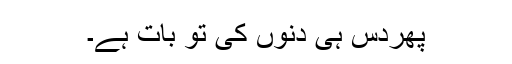
پھردس ہی دنوں کی تو بات ہے۔